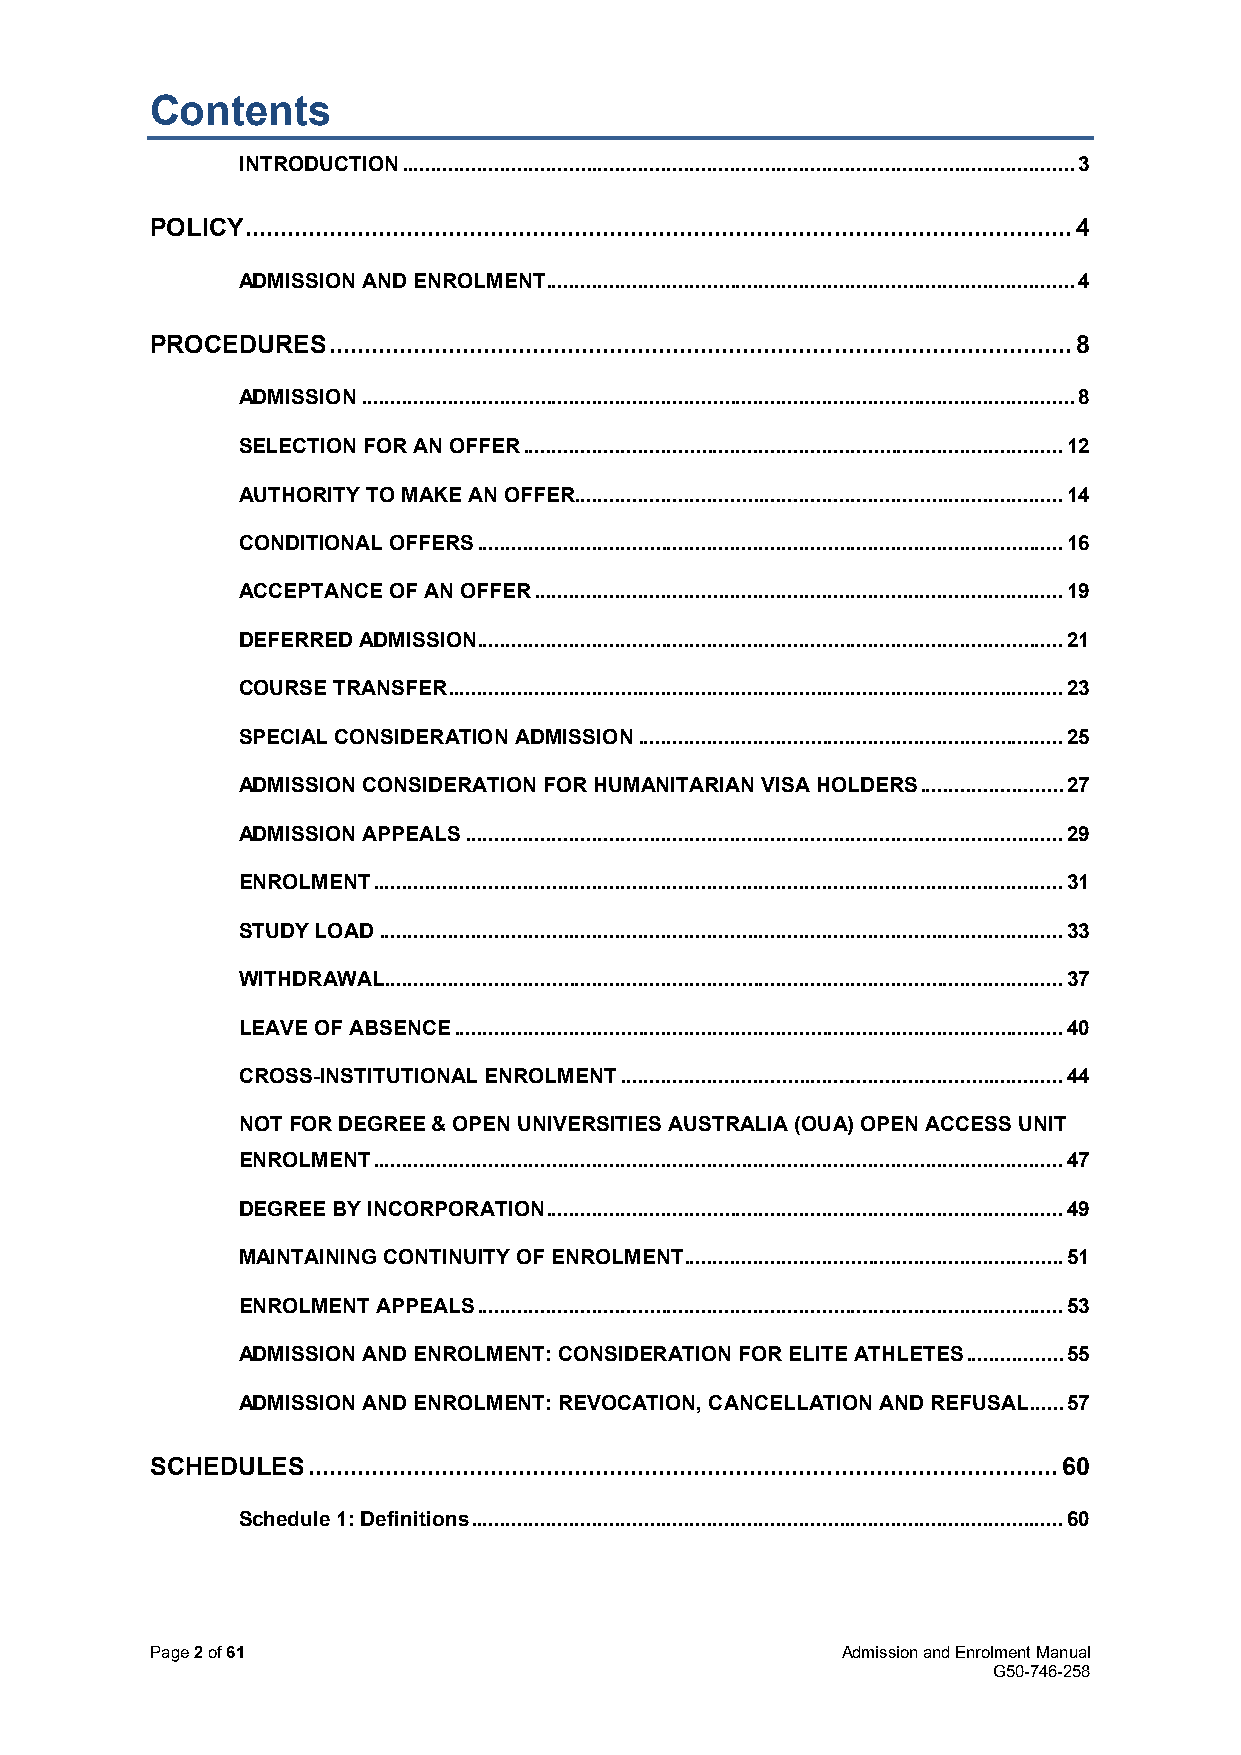
Contents
 INTRODUCTION ..................................................................................................................... 3
 POLICY ...................................................................................................................... 4
 ADMISSION AND ENROLMENT ............................................................................................ 4
 PROCEDURES  .......................................................................................................... 8
 ADMISSION ............................................................................................................................ 8
 SELECTION FOR AN OFFER .............................................................................................. 12
 AUTHORITY TO MAKE AN OFFER ..................................................................................... 14
 CONDITIONAL OFFERS ...................................................................................................... 16
 ACCEPTANCE OF AN OFFER ............................................................................................ 19
 DEFERRED ADMISSION...................................................................................................... 21
 COURSE TRANSFER ........................................................................................................... 23
 SPECIAL CONSIDERATION ADMISSION .......................................................................... 25
 ADMISSION CONSIDERATION FOR HUMANITARIAN VISA HOLDERS ......................... 27
 ADMISSION APPEALS ........................................................................................................ 29
 ENROLMENT ........................................................................................................................ 31
 STUDY LOAD ....................................................................................................................... 33
 WITHDRAWAL ...................................................................................................................... 37
 LEAVE OF ABSENCE .......................................................................................................... 40
 CROSS-INSTITUTIONAL ENROLMENT ............................................................................. 44
 NOT FOR DEGREE & OPEN UNIVERSITIES AUSTRALIA (OUA) OPEN ACCESS UNIT
 ENROLMENT ........................................................................................................................ 47
 DEGREE BY INCORPORATION .......................................................................................... 49
 MAINTAINING CONTINUITY OF ENROLMENT .................................................................. 51
 ENROLMENT APPEALS ...................................................................................................... 53
 ADMISSION AND ENROLMENT: CONSIDERATION FOR ELITE ATHLETES ................. 55
 ADMISSION AND ENROLMENT: REVOCATION, CANCELLATION AND REFUSAL ...... 57
 SCHEDULES ........................................................................................................... 60
 Schedule 1: Definitions ....................................................................................................... 60
 Page 2 of 61                                  Admission and Enrolment Manual
 G50-746-258